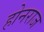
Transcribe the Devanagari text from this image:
होनराज